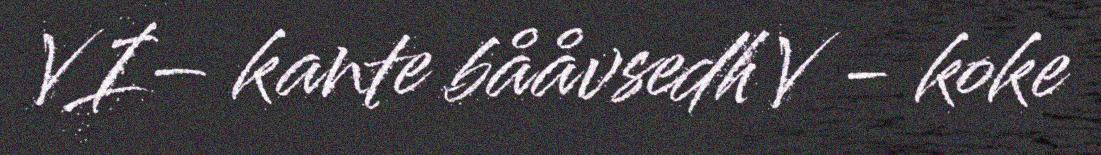
VI– kante bååvsedh V - koke